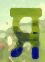
স